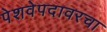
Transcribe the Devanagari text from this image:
पेशवेपदावरचा